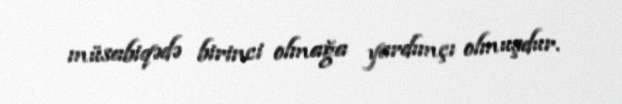
müsabiqədə birinci olmağa yardımçı olmuşdur.